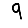
Digit: 9